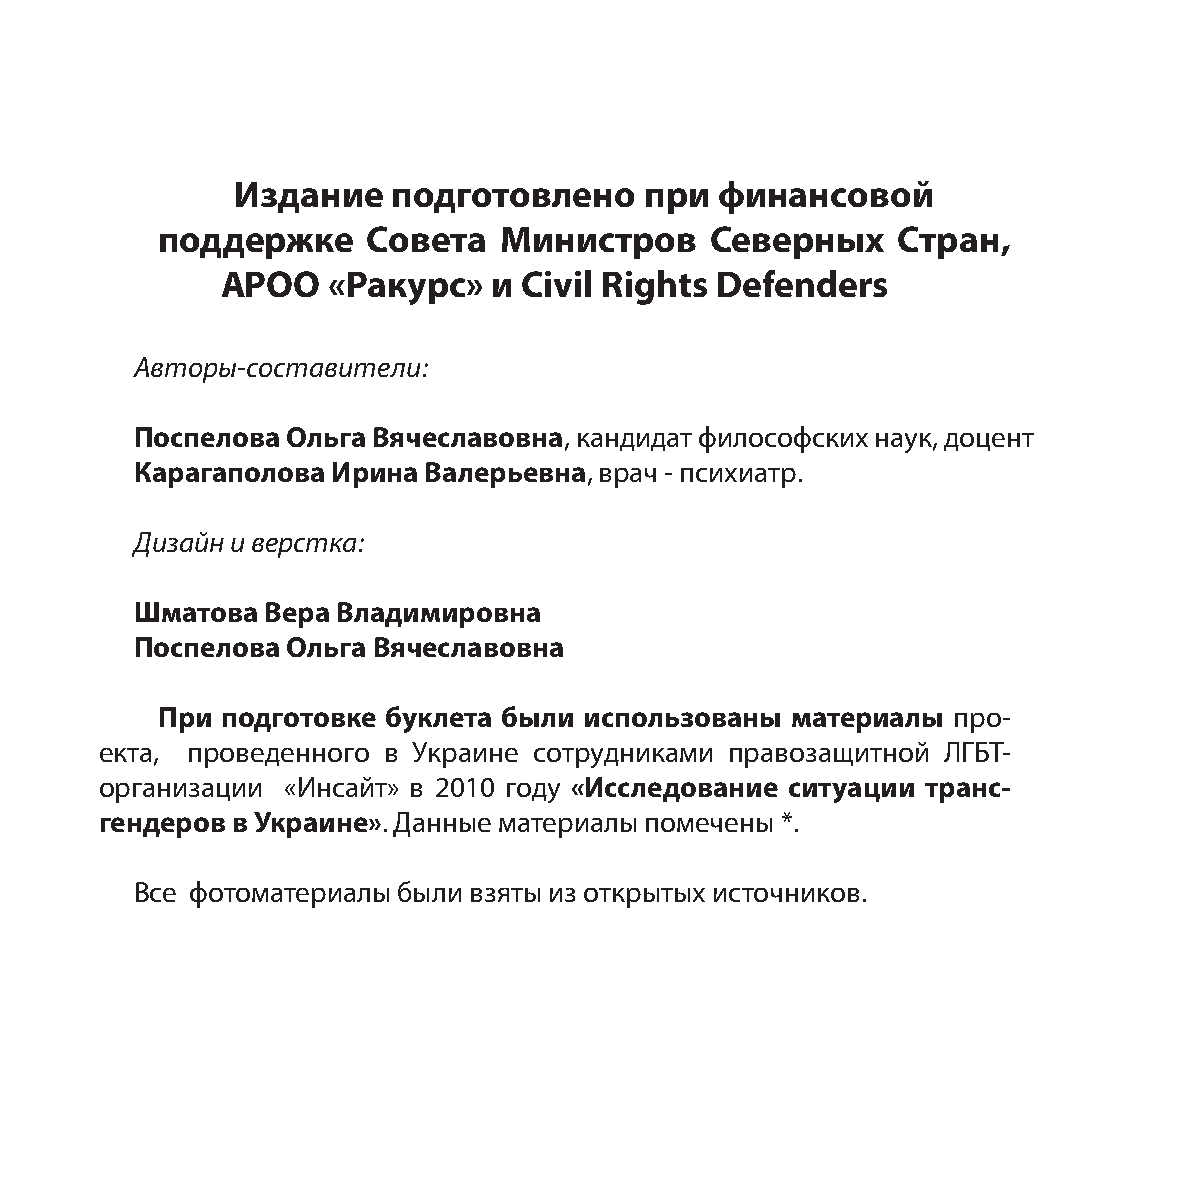
Издание   подготовлено     при  финансовой
 поддержке     Совета   Министров     Северных    Стран,
 АРОО   «Ракурс»  и Civil Rights Defenders
 Авторы-составители:
 Поспелова Ольга Вячеславовна, кандидат философских наук, доцент
 Карагаполова Ирина Валерьевна, врач - психиатр.
 Дизайн и верстка:
 Шматова Вера Владимировна
 Поспелова Ольга Вячеславовна
 При  подготовке буклета были использованы материалы  про-
 екта, проведенного в Украине сотрудниками правозащитной ЛГБТ-
 организации «Инсайт» в 2010 году «Исследование ситуации транс-
 гендеров в Украине». Данные материалы помечены *.
 Все фотоматериалы были взяты из открытых источников.